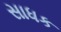
સાધક